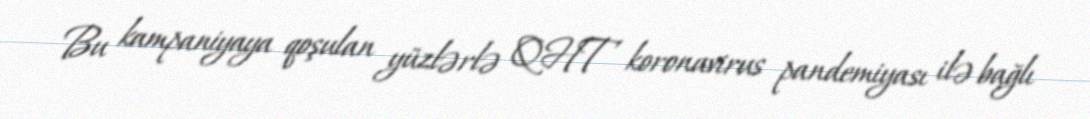
Bu kampaniyaya qoşulan yüzlərlə QHT koronavirus pandemiyası ilə bağlı